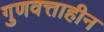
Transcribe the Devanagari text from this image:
गुणवत्ताहीन